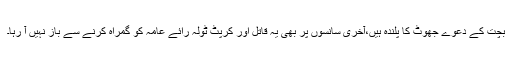
بچت کے دعوے جھوٹ کا پلندہ ہیں،آخری سانسوں پر بھی یہ قاتل اور کرپٹ ٹولہ رائے عامہ کو گمراہ کرنے سے باز نہیں آ رہا۔